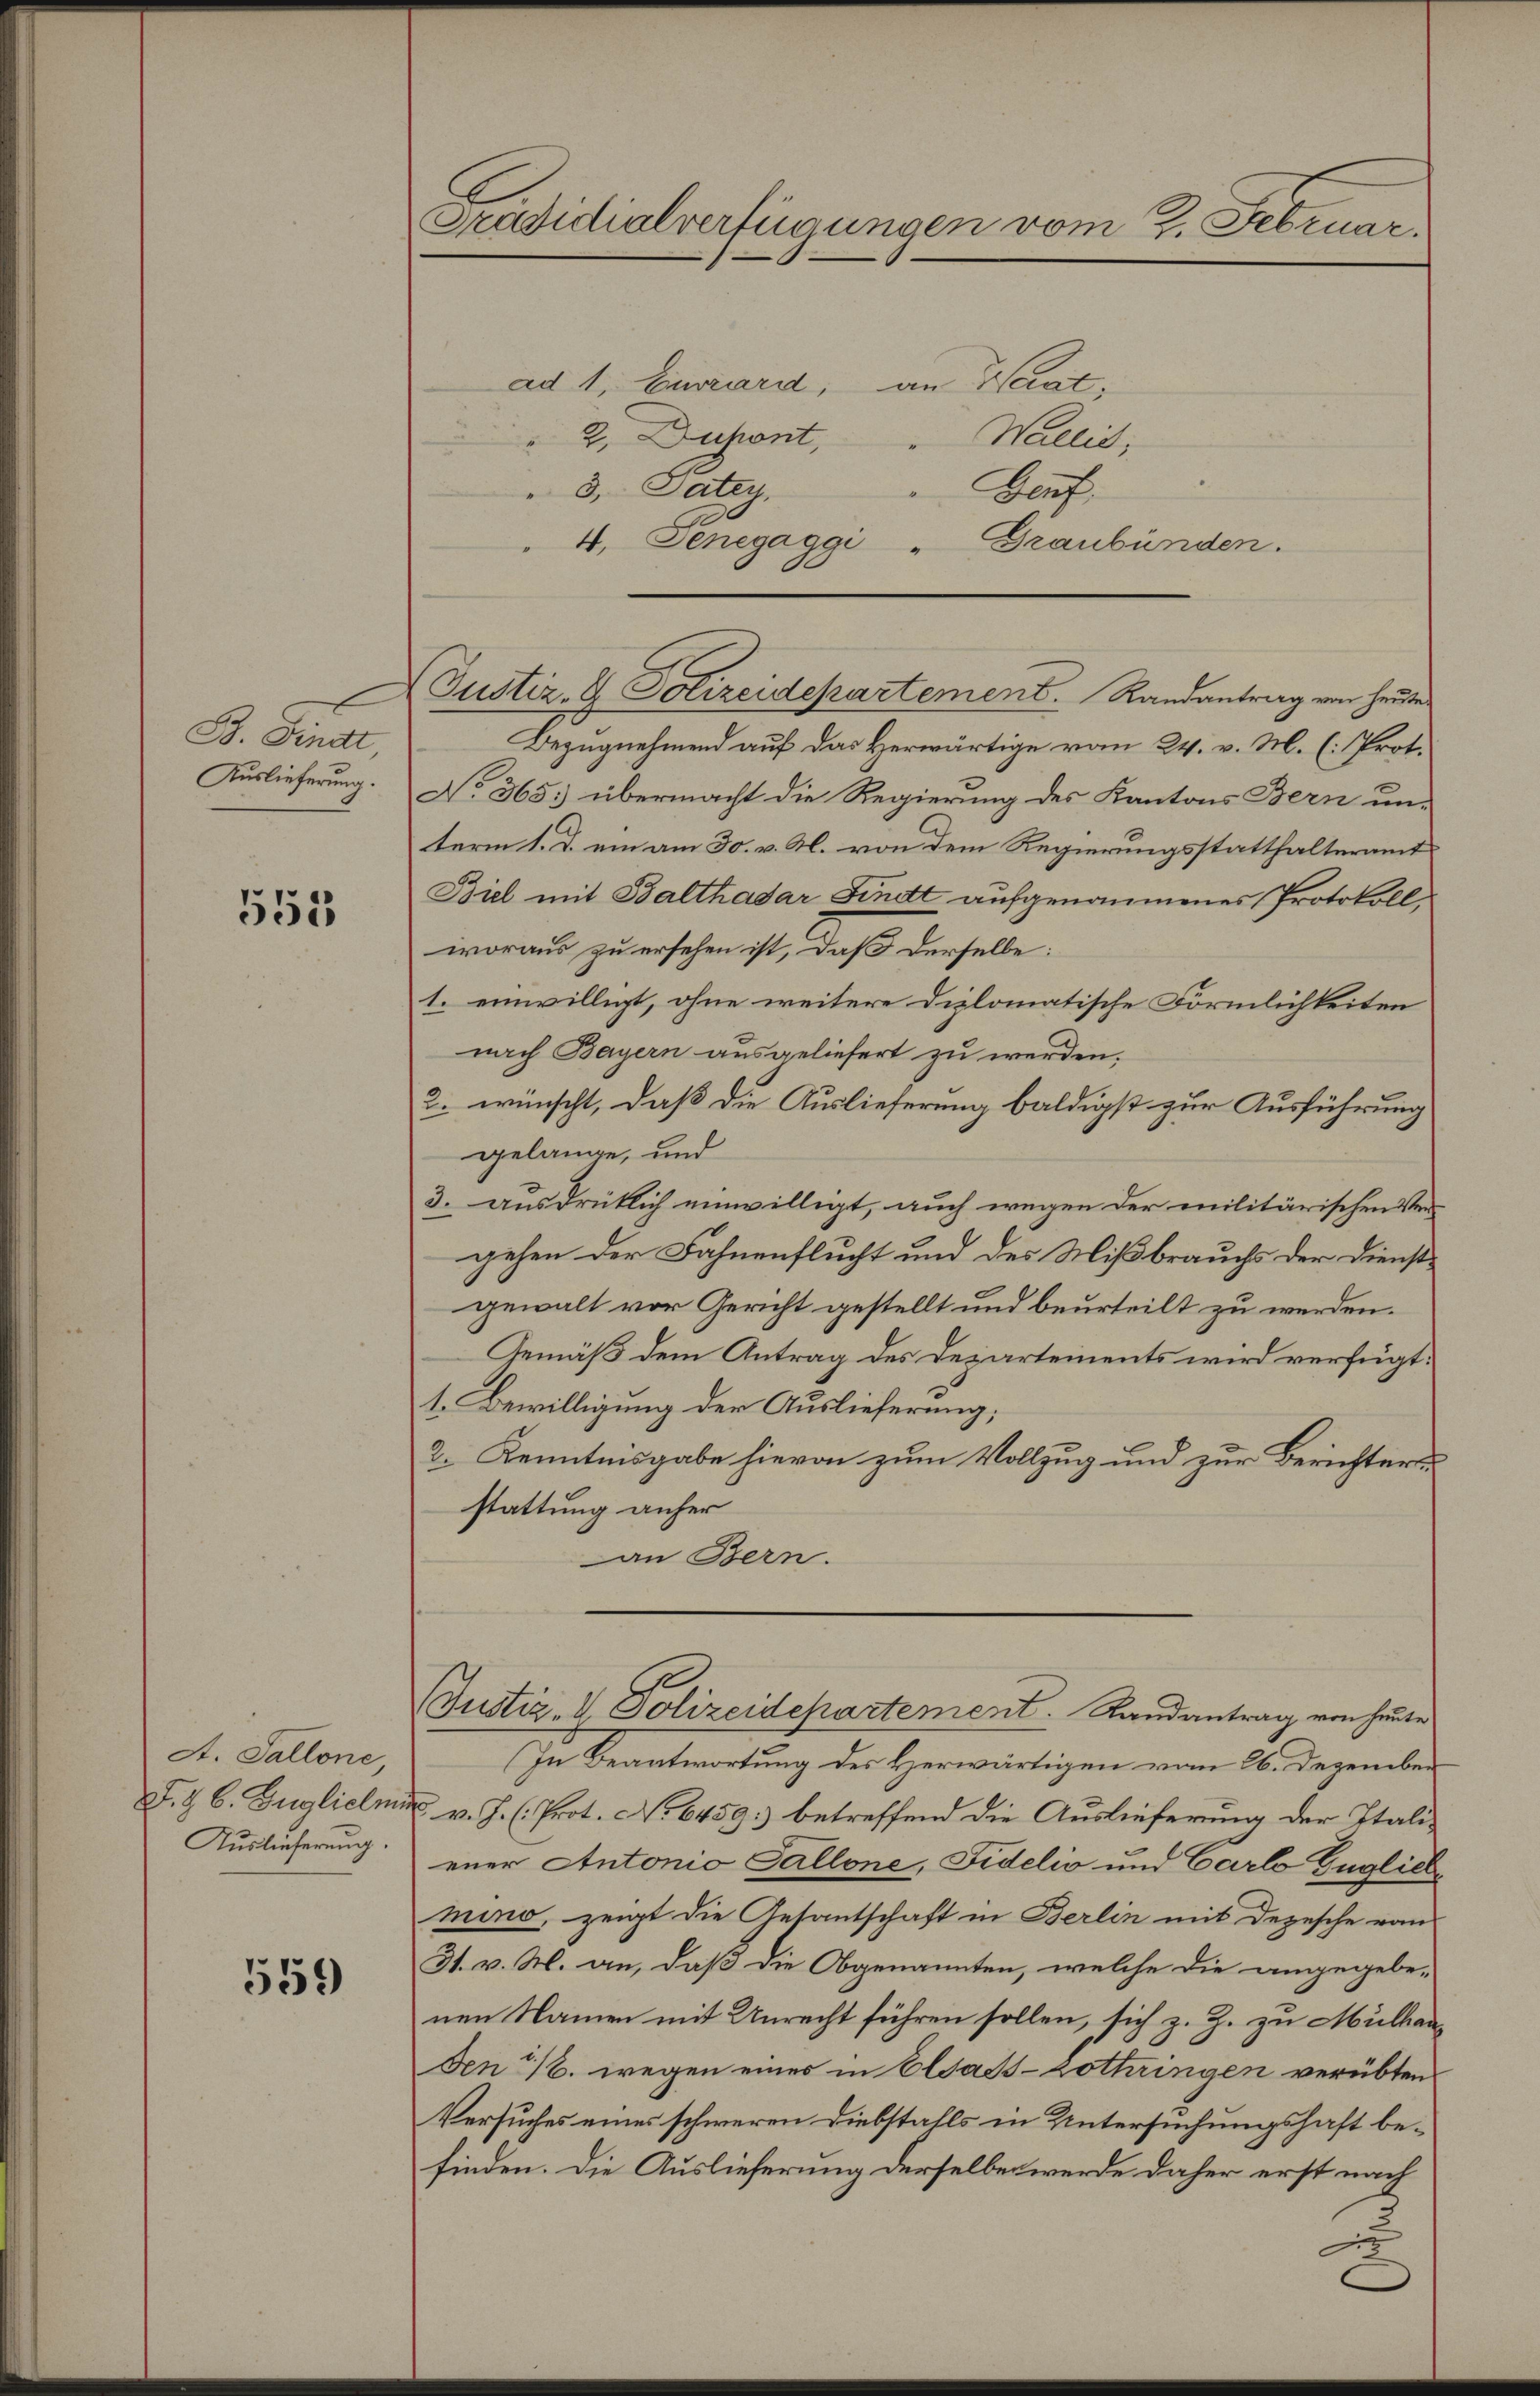
D. Fina
Auslieferung.

553

A. Sallone,
F. J. C. Zuglichni
Auslieferung.

559

Pradidialverfügungen vom 2. Februar.

ad 1, Eirard, an Wert,
2 Dupont,
8, Patey,
" 4. Senegaggi
Bezugnehmend auf das Herwärtige vom 24. v. M. (: Prot.
No 365 übermacht die Regierung des Kantons Bern unterm 1. d. ein am 30. v. M. von dem Regierungsstatthalteramt
Biel mit Balthasar Findt aufgenommenes Protokoll,
woraus zu ersehen ist, daß derselbe:
1. einwilligt, ohne weitere Diplomatische Förmlichkeiten
nach Bayern ausgeliefert zu werden.
2. wünscht, daß die Auslieferung baldigst zur Ausführung
gelange, und
3. ausdrücklich einwilligt, auch wegen der militärischen Vergehen der Fahnenflucht und des Mißbrauchs der Dienstgewalt vor Gericht gestellt und beurteilt zu werden.
Gemäß dem Antrag des Departements wird verfügt:
1. Bewilligung der Auslieferung;
2. Kenntnisgabe hievon zum Vollzug und zur Berichters
stattung anher
an Bern.
Justiz- & Polizeidepartement. Landantrag von heute
In Beantwortung des Herwärtigen vom 26. Dezember
d v. J. Prot. No 6459: betreffend die Auslieferung der Italieuer Antonio Callone, Fidelio und Carlo Gugliche
mino, zeigt die Gesantschaft in Berlin mit Depesche vom
31. v. M. an, daß die Obgenannten, welche die angegebe-
nen Namen mit Unrecht führen sollen, sich z. Z. zu Mülhau
Den 16. wegen eines in Elsass- zothringen verübten
Versuches eines schweren Diebstalls in Untersuchungshaft befinden. Die Auslieferung derselben werde daher erst nach

Justiz- & Polizeidepartement. Randantrag von heute

Wacis,
Genf.
Graubünden.